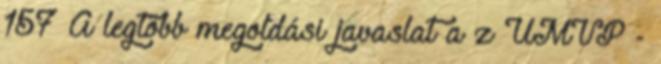
157 A legtöbb megoldási javaslat a z ÚMVP -